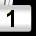
Digit: 1